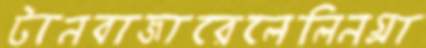
টানবাজারেলেলিনগ্রা